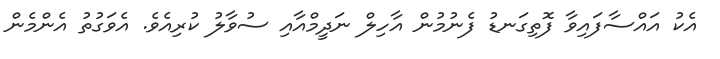
އެކު އައްސާފައިވާ ފޮތިގަނޑު ފެނުމުން އާހިލް ނަދީމްއާއި ސުވާލު ކުރިއެވެ. އެވަގުތު އެންމެން